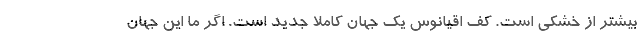
بیشتر از خشکی است. کف اقیانوس یک جهان کاملا جدید است. اگر ما این جهان